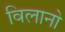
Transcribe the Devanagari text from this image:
विलानो